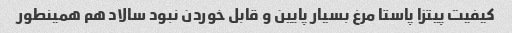
کیفیت پیتزا پاستا مرغ بسیار پایین و قابل خوردن نبود سالاد هم همینطور